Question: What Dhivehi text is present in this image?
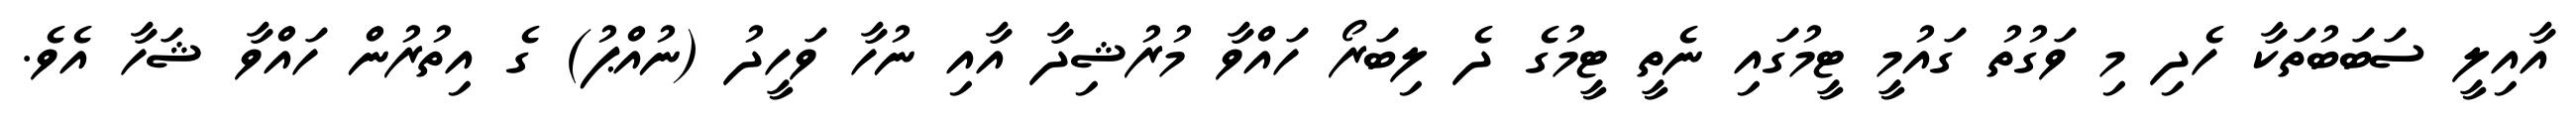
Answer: އާއިލީ ސަބަބުތަކާ ހެދި މި ވަގުތު ގައުމީ ޓީމުގައި ނެތީ ޓީމުގެ ދެ ލިބަރޯ ހައްވާ މުރުޝިދާ އާއި ނުހާ ވަހީދު (ނުއްޕު) ގެ އިތުރުން ހައްވާ ޝަހާ އެވެ.